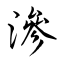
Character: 滲